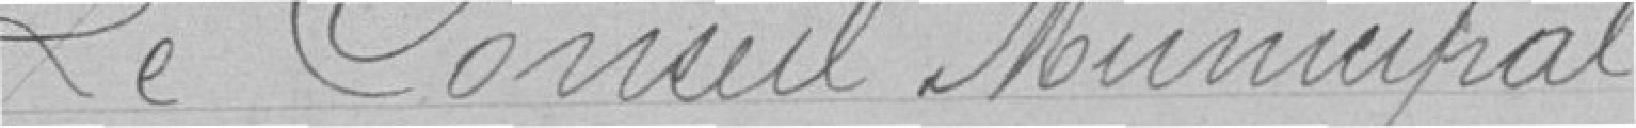
Le Conseil Municipal